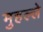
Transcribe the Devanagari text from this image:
मुहल्‍ले